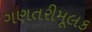
ગણતરીમૂલક